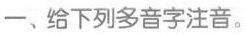
一、给下列多音字注音。